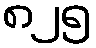
၈၂၅